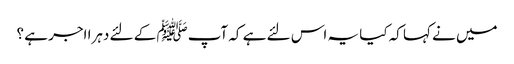
میں نے کہا کہ کیا یہ اس لئے ہے کہ آپﷺ کے لئے دہرا اجر ہے ؟